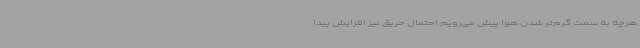
هرچه به سمت گرم‌تر شدن هوا پیش می‌رویم احتمال حریق نیز افزایش پیدا